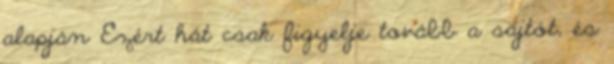
alapján Ezért hát csak figyelje tovább a sajtót, és